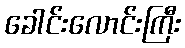
ခေါင်းလောင်းကြီး